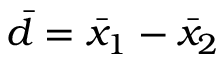
{ \bar { d } } = { \bar { x } } _ { 1 } - { \bar { x } } _ { 2 }